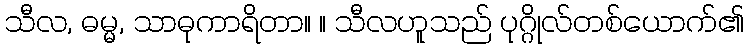
သီလ, ဓမ္မ, သာဓုကာရိတာ။ ။ သီလဟူသည် ပုဂ္ဂိုလ်တစ်ယောက်၏